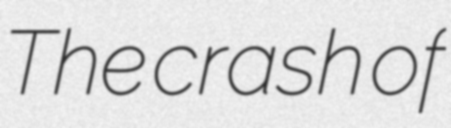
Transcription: The crash of